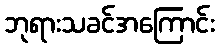
ဘုရားသခင်အကြောင်း